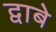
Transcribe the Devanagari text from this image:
द्वाबे